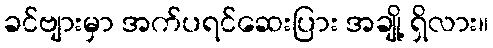
ခင်ဗျားမှာ အက်ပရင်ဆေးပြား အချို့ ရှိလား။